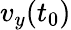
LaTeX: v_{y}(t_{0})